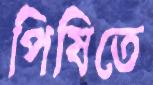
পিষিতে